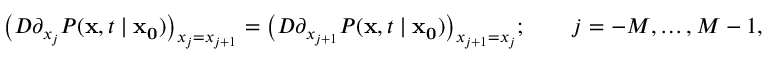
{ \big ( } D \partial _ { x _ { j } } P ( \mathbf { x } , t \mid \mathbf { x _ { 0 } } ) { \big ) } _ { x _ { j } = x _ { j + 1 } } = { \big ( } D \partial _ { x _ { j + 1 } } P ( \mathbf { x } , t \mid \mathbf { x _ { 0 } } ) { \big ) } _ { x _ { j + 1 } = x _ { j } } ; \qquad j = - M , \ldots , M - 1 ,